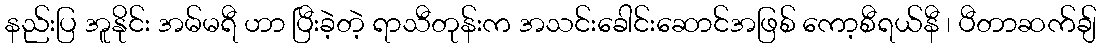
နည်းပြ အူနိုင်း အမ်မရီ ဟာ ပြီးခဲ့တဲ့ ရာသီတုန်းက အသင်းခေါင်းဆောင်အဖြစ် ကော့စီရယ်နီ ၊ ပီတာဆက်ချ်